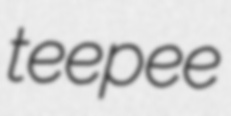
teepee